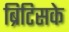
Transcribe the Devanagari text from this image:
ब्रिटिसके